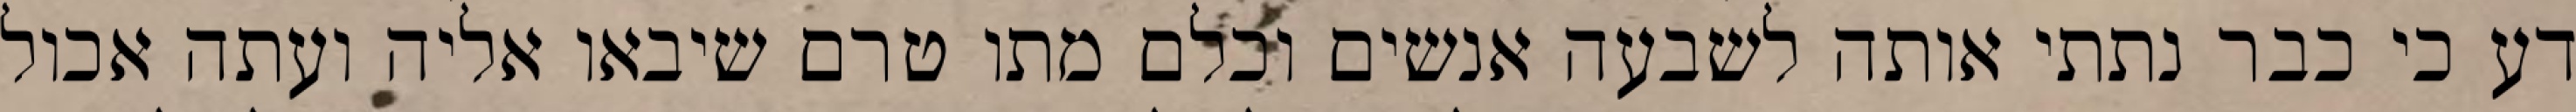
דע כי כבר נתתי אותה לשבעה אנשים וכלם מתו טרם שיבאו אליה ועתה אכול